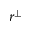
r ^ { \perp }